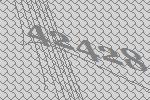
42428